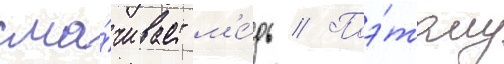
сма́чивает м'е́дь // Поэ́тому